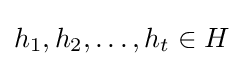
h_{1},h_{2},\ldots ,h_{t}\in H